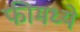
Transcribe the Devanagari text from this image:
फीमध्ये